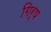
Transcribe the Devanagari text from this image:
गिर्ष